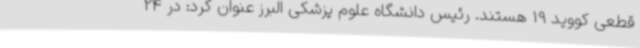
قطعی کووید 19 هستند. رئیس دانشگاه علوم پزشکی البرز عنوان کرد: در 24